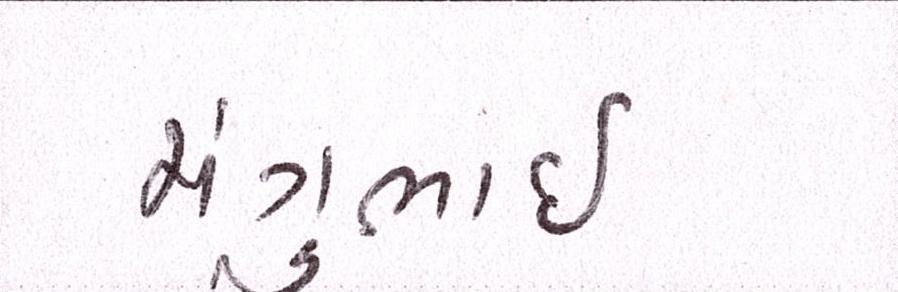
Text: મંગુભાઇ